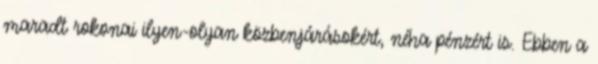
maradt rokonai ilyen-olyan közbenjárásokért, néha pénzért is. Ebben a